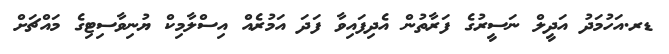
ޑރ.އަހުމަދު އަދީލް ނަސީރުގެ ފަރާތުން އެދިފައިވާ ފަދަ އަމުރެއް އިސްލާމިކް ޔުނިވާސިޓިގެ މައްޗަށް